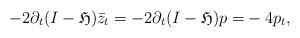
LaTeX: \begin{align*}-2\partial_t(I-\mathfrak{H})\bar{z}_t=-2\partial_t(I-\mathfrak{H})p=& -4p_t,\end{align*}